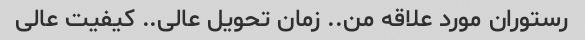
رستوران مورد علاقه من.. زمان تحویل عالی.. کیفیت عالی